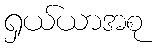
ရှယ်ယာအစု